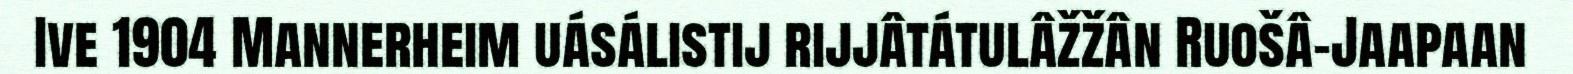
Ive 1904 Mannerheim uásálistij rijjâtátulâžžân Ruošâ-Jaapaan